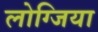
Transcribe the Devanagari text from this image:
लोग्जिया